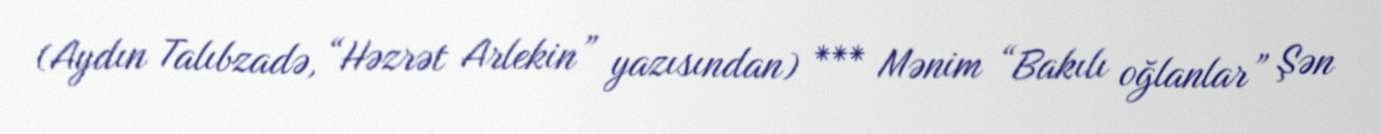
(Aydın Talıbzadə, “Həzrət Arlekin” yazısından) *** Mənim “Bakılı oğlanlar” Şən